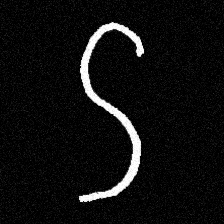
Pyu character \u2014 Myanmar letter: ဌ (romanized: ttha)